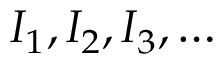
I _ { 1 } , I _ { 2 } , I _ { 3 } , \dots